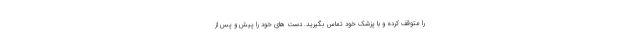
را متوقف کرده و با پزشک خود تماس بگیرید. دست های خود را پیش و پس از